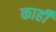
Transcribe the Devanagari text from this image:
काहीँ